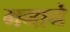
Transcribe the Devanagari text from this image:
मगाने